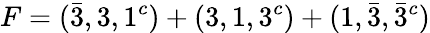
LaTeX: F=(\bar{3},3,1^{c})+(3,1,3^{c})+(1,\bar{3},\bar{3}^{c})